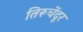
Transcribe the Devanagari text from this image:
तिरूचेंदूर